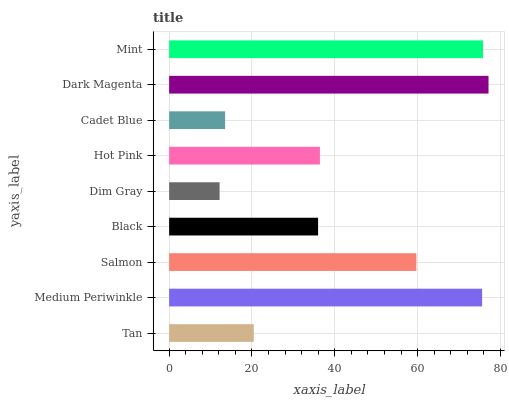
| yaxis_label | bars |
 | --- | --- |
 | Tan | 20.4 |
 | Medium Periwinkle | 75.6 |
 | Salmon | 59.7 |
 | Black | 36 |
 | Dim Gray | 12.2 |
 | Hot Pink | 36.4 |
 | Cadet Blue | 13.5 |
 | Dark Magenta | 77.1 |
 | Mint | 75.8 |